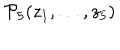
{ \cal P } _ { 5 } { ( z _ { 1 } , \dots , z _ { 5 } ) }